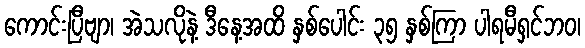
ကောင်းပြီဗျာ၊ အဲသလိုနဲ့ ဒီနေ့အထိ နှစ်ပေါင်း ၃၅ နှစ်ကြာ ပါရမီရှင်ဘဝ၊